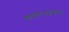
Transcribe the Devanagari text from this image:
कालोनाइजेशन